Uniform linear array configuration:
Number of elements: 64
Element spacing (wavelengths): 1
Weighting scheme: cosine
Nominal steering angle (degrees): -15
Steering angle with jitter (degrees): -16.183
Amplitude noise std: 0.05
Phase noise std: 0.05

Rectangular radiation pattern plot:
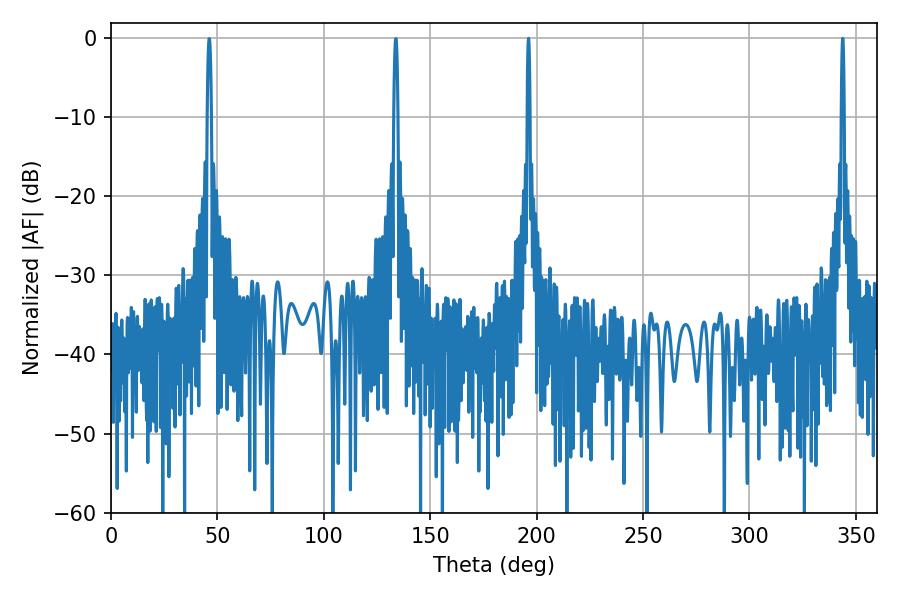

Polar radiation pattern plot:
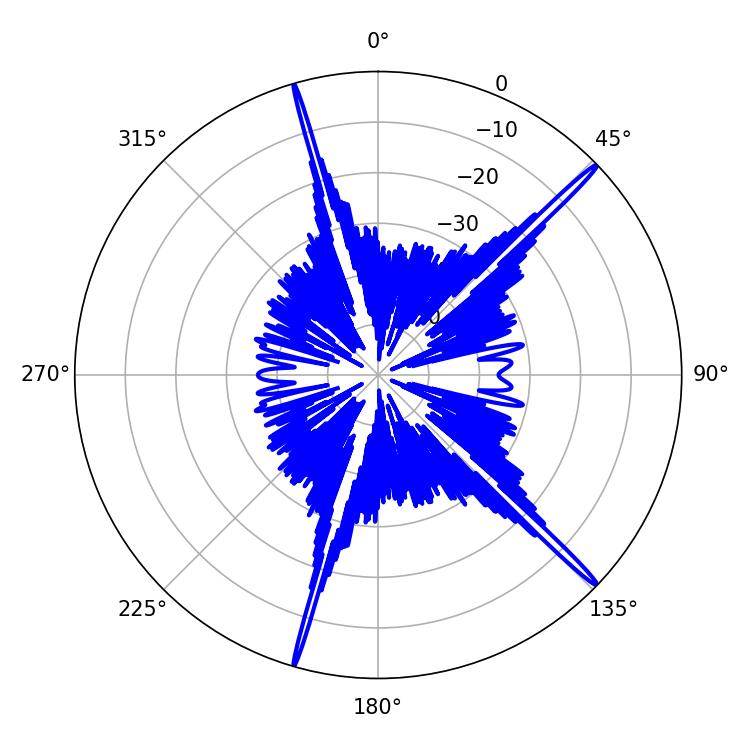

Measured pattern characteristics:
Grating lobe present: TRUE
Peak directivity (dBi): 19.252
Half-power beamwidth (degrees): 0.72
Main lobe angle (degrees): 343.8